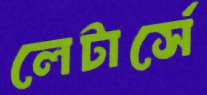
লেটার্সে